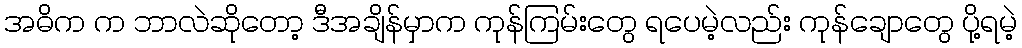
အဓိက က ဘာလဲဆိုတော့ ဒီအချိန်မှာက ကုန်ကြမ်းတွေ ရပေမဲ့လည်း ကုန်ချောတွေ ပို့ရမဲ့